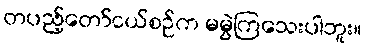
တပည့်တော်ငယ်စဉ်က မမွဲကြသေးပါဘူး။